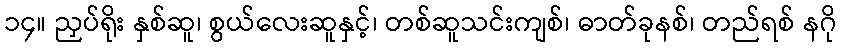
၁၄။ ညှပ်ရိုး နှစ်ဆူ၊ စွယ်လေးဆူနှင့်၊ တစ်ဆူသင်းကျစ်၊ ဓာတ်ခုနစ်၊ တည်ရစ် နဂို